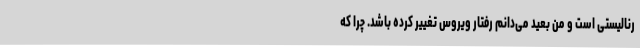
رنالیستی است و من بعید می‌دانم رفتار ویروس تغییر کرده باشد. چرا که